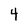
Character: 4